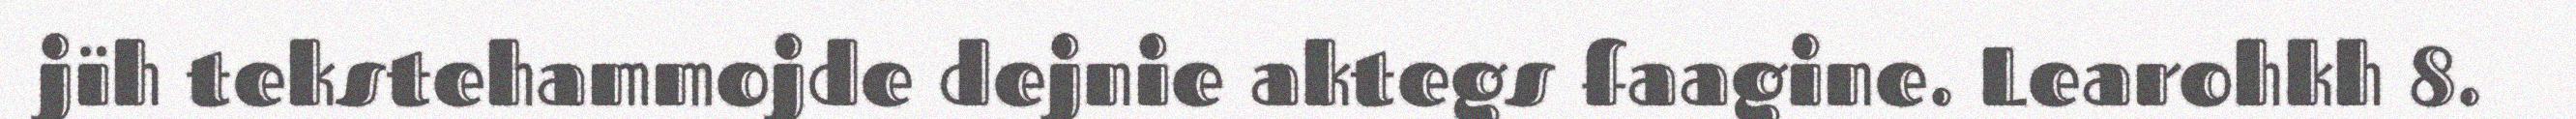
jïh tekstehammojde dejnie aktegs faagine. Learohkh 8.